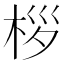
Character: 桚